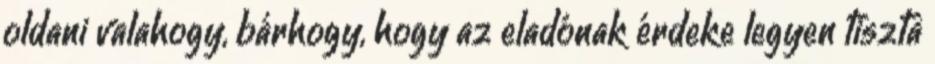
oldani valahogy, bárhogy, hogy az eladónak érdeke legyen tiszta